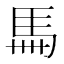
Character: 𩡧